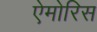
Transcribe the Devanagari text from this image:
ऐमोरिस